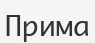
Прима